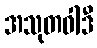
အသုတဝါဒီ